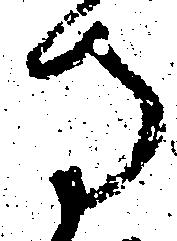
寺